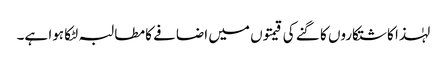
لہٰذا کاشتکاروں کا گنے کی قیمتوں میں اضافے کا مطالبہ لٹکا ہوا ہے۔